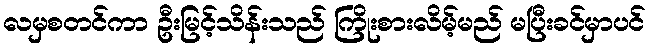
လမှစတင်ကာ ဦးမြင့်သိန်းသည် ကြိုးစားလိမ့်မည် မပြီးခင်မှာပင်